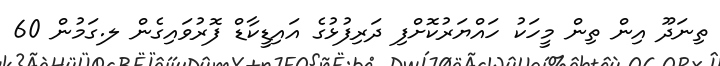
ތިނަދޫ އިން ތިން މީހަކު ހައްޔަރުކޮށްފި ދަރިފުޅުގެ އައިޑީކާޑް ފޮރުވައިގެން ލ.ގަމުން 60